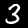
Label: 3